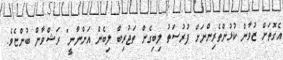
އެގޮތަށް ޒުވާން ކުޅުންތެރިންނަށް ފުރުސަތު ލިބިގެން ތަޖުރިބާ ލިބެން އަންނާނީ" ރަޝްވާން ބުންޏެވެ.